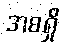
အစရှိ